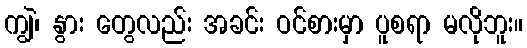
ကျွဲ၊ နွား တွေလည်း အခင်း ဝင်စားမှာ ပူစရာ မလိုဘူး။